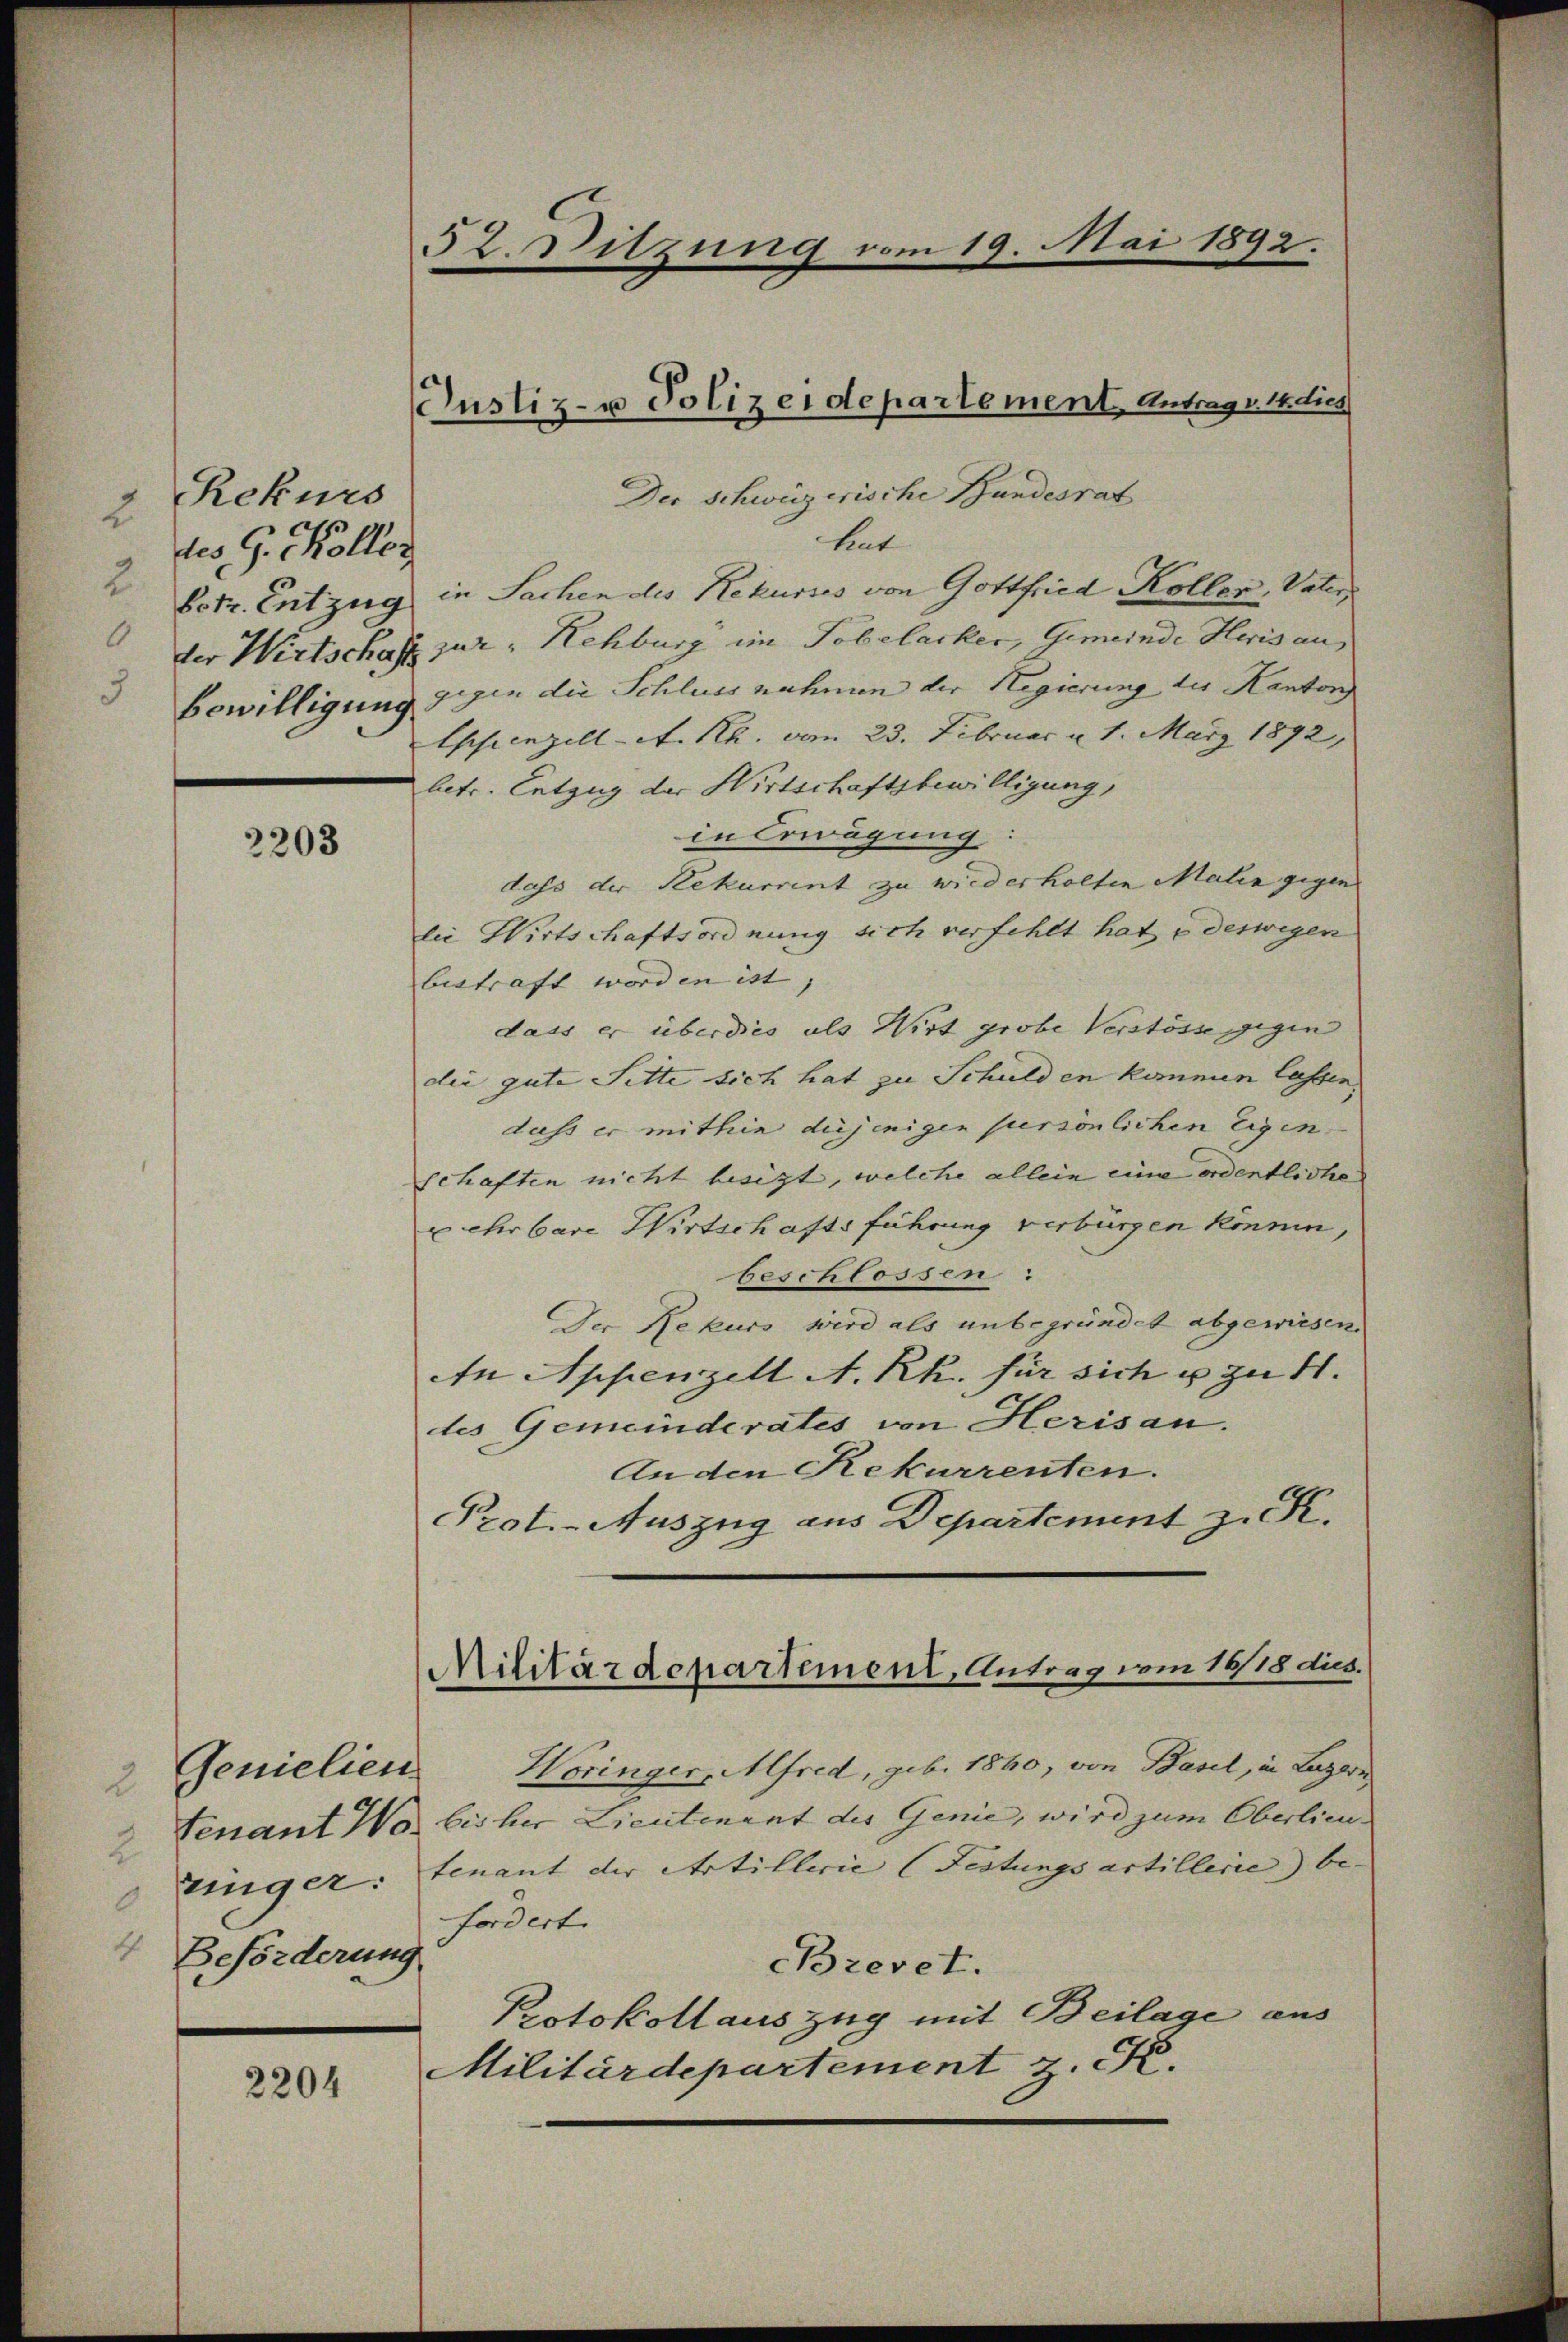
Rekurs
2
des G. Köller
2
Eetr. Entzug

2203

Genielien
2
2
zinger:
4 Beförderung

2204

52. Sitzung vom 19. Mai 1892.

Justiz- u Polizeidepartement. Antrags 14. dies

Militärdepartement, Antrag vom 16/18 dus.

Der Schweizerische Bundesrat
hat
in Sachen des Rekurses von Gottfried Koller, Vaters
der Wirtschaft zur Rehburg im Tobelacker, Gemeinde Heris an,
Bewilligung gegen die Schluss nahmen der Regierung der Kanton
Ehfienzellet. Rh. vom 23. Februar v. 1. März 1892,
betr. Entzug der Wirtschaftsbewilligung,
in Erwägung:
dass der Rekurrent zu wiederholten Malen gegen
lie Wirtschaftsordnung sich verfehlt hat e deswegen
bestraft worden ist, |
dass er überdies als Wirt grobe Verstösse gegen
die gute Sitte sich hat zu Schulden kommen lassen.
dass er mithin diejenigen persönlichen Eigenschaften nicht besizt, welche allein eine ordentliche
x ehrbare Wirtschaftsführung verbürgen können,
beschlossen:
Der Rekurs wird als unbegründet abgewiesen.
An Appenzell A. Rh. für sich u zu 41.
des Gemeinderates von Herisau.
Anden Rekurrenten.
Prot. Auszug aus Departement z. R.
Woringer, Mfred, geb. 1840, von Basel, in Luzern
Fenant Wo bisher Lieutenant des Genie, wird zum Oberlieu
tenant der Artillerie (Festungsartillerie) be- |
fordert
Brevet.
Protokollauszug mit Beilage aus
Militärdepartement z. K.